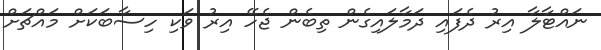
ނައްޓާލާ އިރު ދެފައި ދަމާލައިގެން ތިބެން ޖެހޭ އިރު ވަކި ހިސާބަކަށް މައްޗަށް